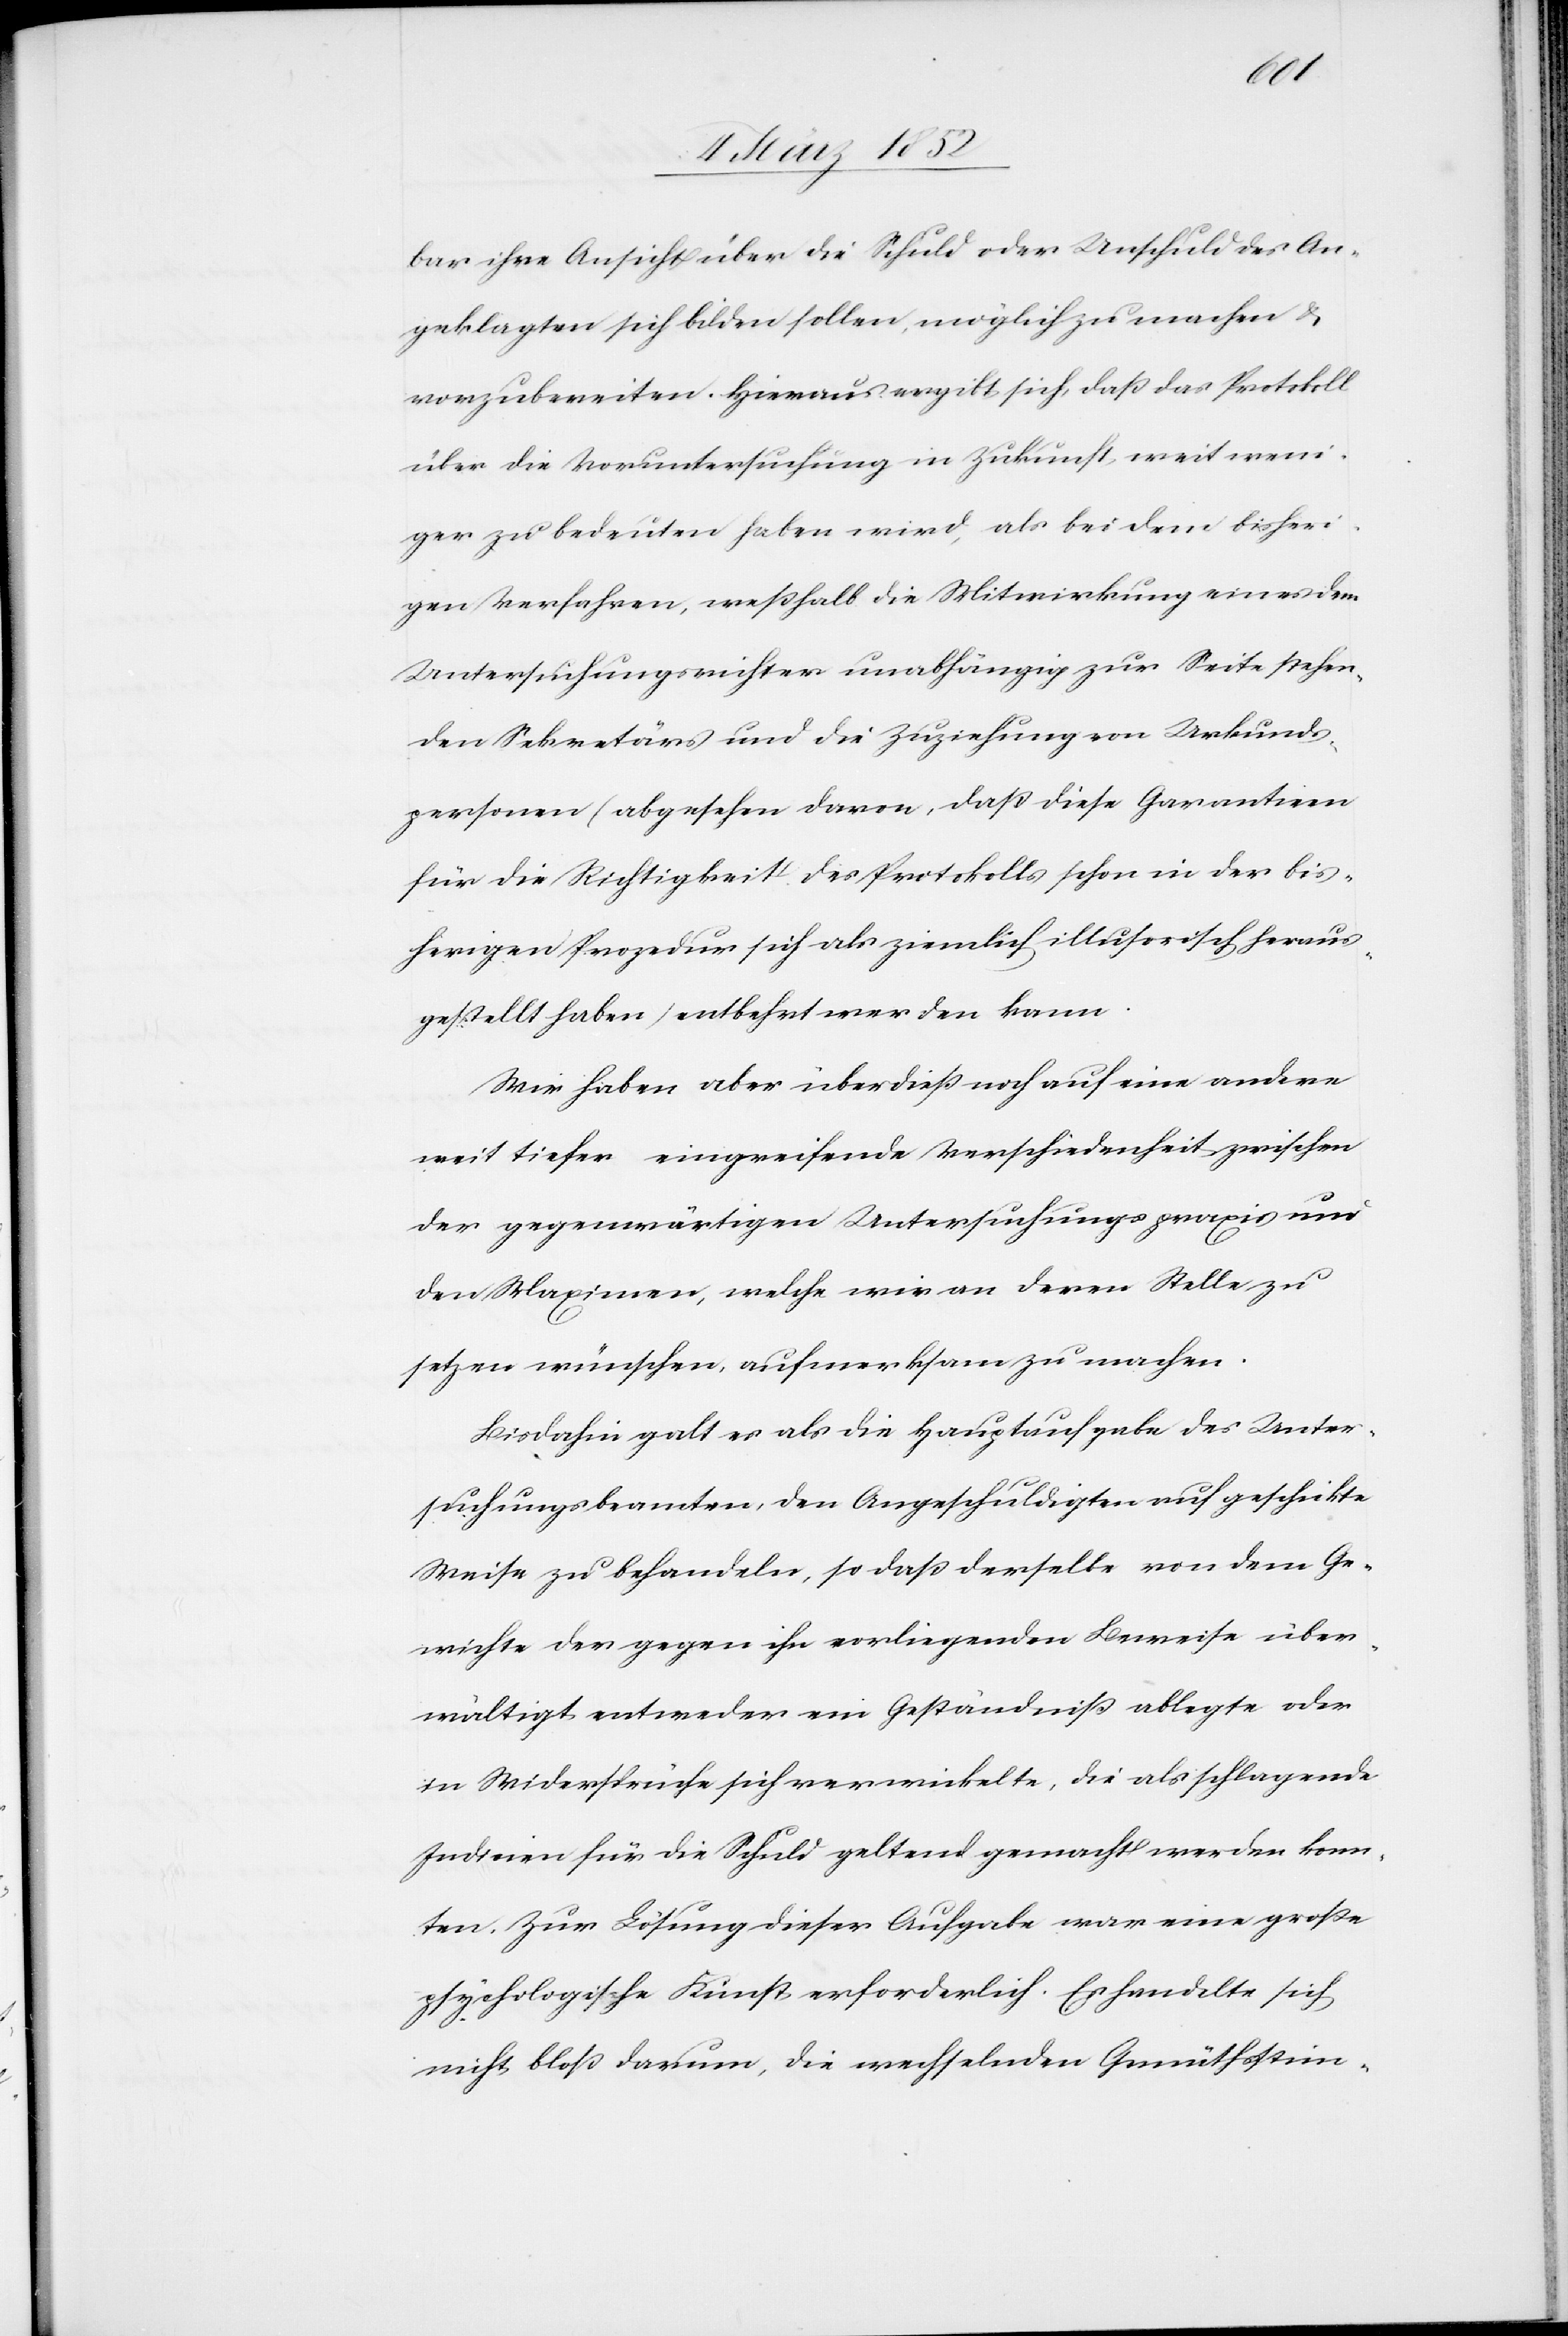
bar ihre Ansicht über die Schuld oder Unschuld des An¬
geklagten sich bilden sollen, möglich zu machen u.
vorzubereiten. Hieraus ergibt sich, daß das Protokoll
über die Voruntersuchung in Zukunft weit weni¬
ger zu bedeuten haben wird, als bei dem bisheri¬
gen Verfahren, weßhalb die Mitwirkung eines dem
Untersuchungsrichter unabhängig zur Seite stehen¬
den Sekretärs und die Zuziehung von Urkunds¬
personen (abgesehen davon, daß diese Garantien
für die Richtigkeit des Protokolls schon in der bis¬
herigen Prozedur sich als ziemlich illusorisch heraus¬
gestellt haben) entbehrt werden kann.
Wir haben aber überdieß noch auf eine andere
weit tiefer eingreifende Verschiedenheit zwischen
der gegenwärtigen Untersuchungspraxis und
den Maximen, welche wir an deren Stelle zu
setzen wünschen, aufmerksam zu machen.
Bisdahin galt es als die Hauptaufgabe des Unter¬
suchungsbeamten, den Angeschuldigten auf geschikte
Weise zu behandeln, so daß derselbe von dem Ge¬
richte der gegen ihn vorliegenden Beweise über¬
wältigt entweder ein Geständniß ablegte oder
in Widersprüche sich verwickelte, die als schlagende
Indicien für die Schuld geltend gemacht werden konn¬
ten. Zur Lösung dieser Aufgabe war eine große
psychologische Kunst erforderlich. Es handelte sich
nicht bloß darum, die wechselnden Gemüthsstim -